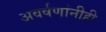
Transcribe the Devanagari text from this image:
अवर्षणांनीही